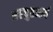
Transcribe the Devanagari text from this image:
अहचुतआर्य